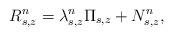
LaTeX: \begin{align*} R^{n}_{s,z}=\lambda^{n}_{s,z} \Pi_{s,z} + N^{n}_{s,z},\end{align*}